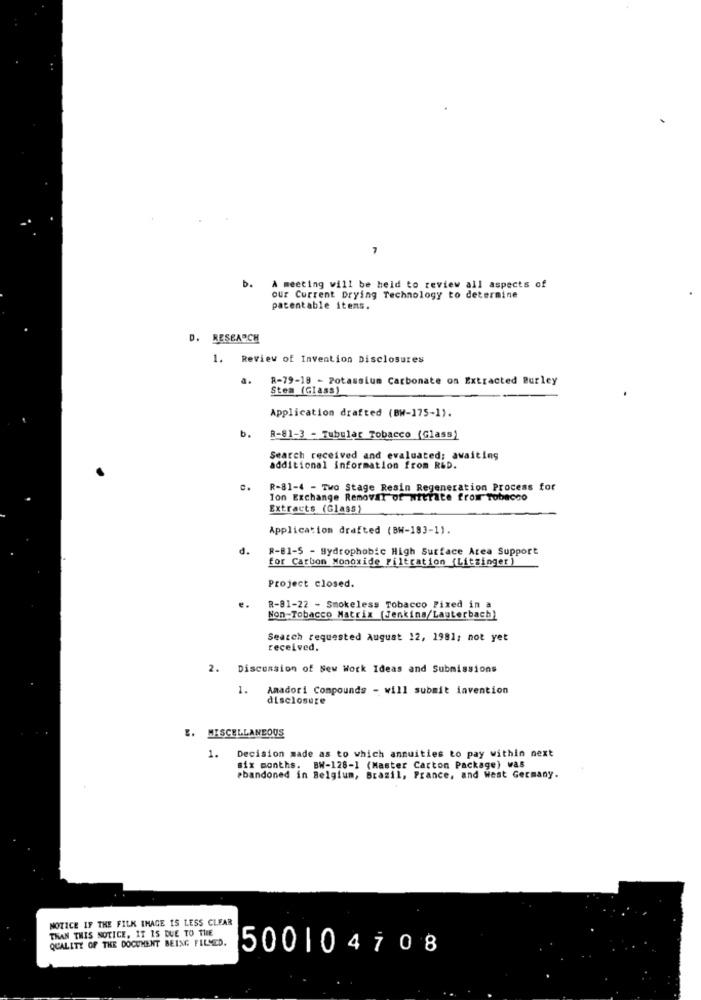
7
b.
A meeting will be held to review all aspects of
our Current Drying Technology to determine
patentable itens.
D. RESEARCH
1. Review of Invention Disclosures
a.
R-79-18 - Potassium Carbonate on Extracted Burley
Stem (Glass)
Application drafted (BW-175-1).
b.
R-81-3 - Tubular Tobacco (Glass)
Search received and evaluated; awaiting
additional information from R&D.
C.
R-81-4 - Two Stage Resin Regeneration Process for
Ion Exchange Removal of witrate from Tobacco
Extracts (Glass)
Application drafted (BW-183-1).
d.
R-81-5 - Hydrophobic High Surface Area Support
for Carbon Monoxide Filtration (Litzinger)
Project closed.
R-81-22 - Smokeless Tobacco Fixed in a
Non-Tobacco Matrix (Jenkins/Lauterbach)
Search requested August 12, 1981; not yet
received.
2.
Discussion of New Work Ideas and Submissions
1.
Amadori Compounds - will submit invention
disclosure
E. MISCELLANEOUS
Decision made as to which annuities to pay within next
1.
six months. BW-128-1 (Master Carton Package) was
abandoned in Belgium, Brazil, France, and West Germany.
NOTICE IF THE FILK IMAGE IS LESS CLEAR
THAN THIS NOTICE, IT IS DUE TO THE
QUALITY OF THE DOCUMENT BEING FILSED.
500104708